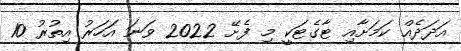
އަދަދެއް ކަމަށާއި ޓާގެޓަކީ މި ފެށޭ 2022 ވަނަ އަހަރު އިތުރު 10